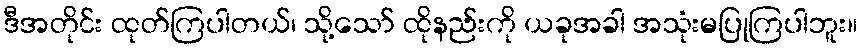
ဒီအတိုင်း ထုတ်ကြပါတယ်၊ သို့သော် ထိုနည်းကို ယခုအခါ အသုံးမပြုကြပါဘူး။